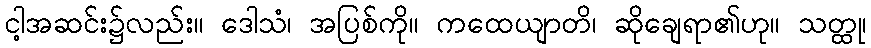
ငါ့အဆင်း၌လည်း။ ဒေါသံ၊ အပြစ်ကို။ ကထေယျာတိ၊ ဆိုချေရာ၏ဟု။ သတ္ထု၊